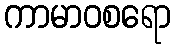
ကာမာဝစရော